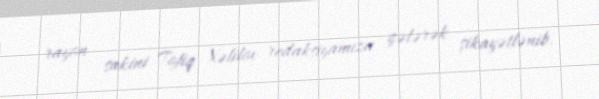
rayon sakini Tofiq Xəlilov redaksiyamıza gələrək şikayətlənib.